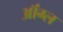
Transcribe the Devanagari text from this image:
ऑंग्ल